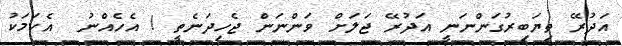
އަދުރޭ ތިޔަބިރުގަންނަނީ އަދުރޭ ޖަލަށް ވަންނަން ޖެހިދަނެތީ ! އެހެއްނު  އެކަމަކު